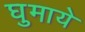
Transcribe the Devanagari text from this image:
घुमाये